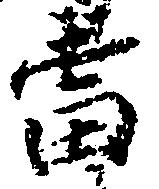
当